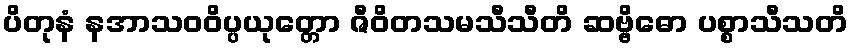
ပိတုနံ နအာသဝဝိပ္ပယုတ္တော ဇီဝိတသမသီသီတိ ဆဗ္ဗိဓော ပစ္စာသီသတိ